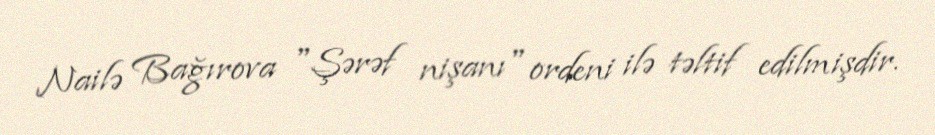
Nailə Bağırova "Şərəf nişanı" ordeni ilə təltif edilmişdir.